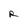
Character: R